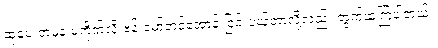
ဆုပေးတဲ့မူနဲ့ မကိုက်လို့ ဗန်းမော်တင်အောင် ငြင်းပယ်တာလို့လည်း တွက်ဆကြပါတယ်။